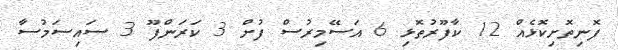
ފޮނިތޮށިކޮޅެއް 12 ކާފޫރުތޮޅި 6 އަސޭމިރުސް ފުށް 3 ކަރަންފޫ 3 ސައިސަމުސާ